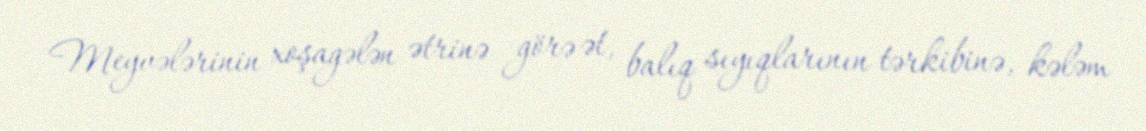
Meyvələrinin xoşagələn ətrinə görə ət, balıq sıyıqlarının tərkibinə, kələm